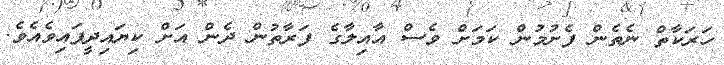
ހަރަކާތް ނެތެން ފެށުމުން ކަމަށް ވެސް އާއިލާގެ ފަރާތުން ދެން އަށް ކިޔައިދީފައިވެއެވެ.